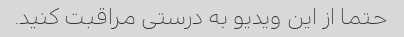
حتما از این ویدیو به درستی مراقبت کنید.